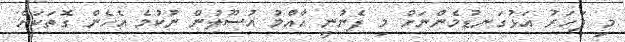
މި ފަހަރު އަޅުގަނޑުމެންނަށް މި ފެނުނީ އާއްމު އުސޫލުން ނުކުމެ އެހެން ގޮތަކަށް